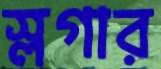
স্লগার